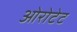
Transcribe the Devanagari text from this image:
ओरोटेट